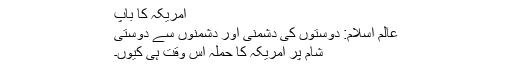
امریکہ کا باپ
عالمِ اسلام: دوستوں کی دشمنی اور دشمنوں سے دوستی
شام پر امریکہ کا حملہ اس وقت ہی کیوں۔